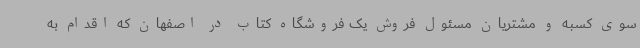
سوی کسبه و مشتریان مسئول فروش یک فروشگاه کتاب در اصفهان که اقدام به